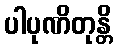
ပါပုဏိတုန္တိ